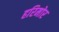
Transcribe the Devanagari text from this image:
हरिमोर